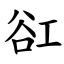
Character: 䜫